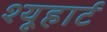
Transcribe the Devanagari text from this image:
श्यूहार्ट